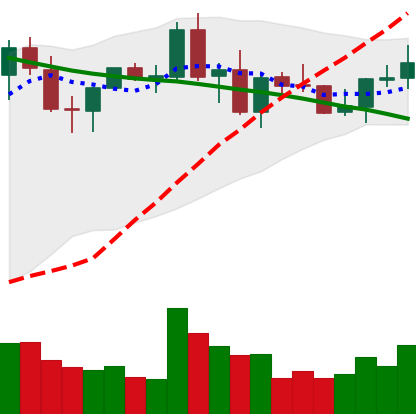
Ticker: NEO-USD
Chart end date: 2021-09-03
Forward return: -14.306%
Label: down_7plus